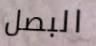
البصل